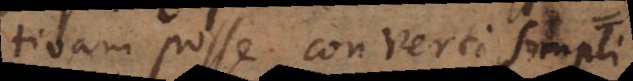
tivam posse converti simpli